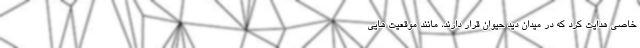
خاصی هدایت کرد که در میدان دید حیوان قرار دارند، مانند موقعیت هایی